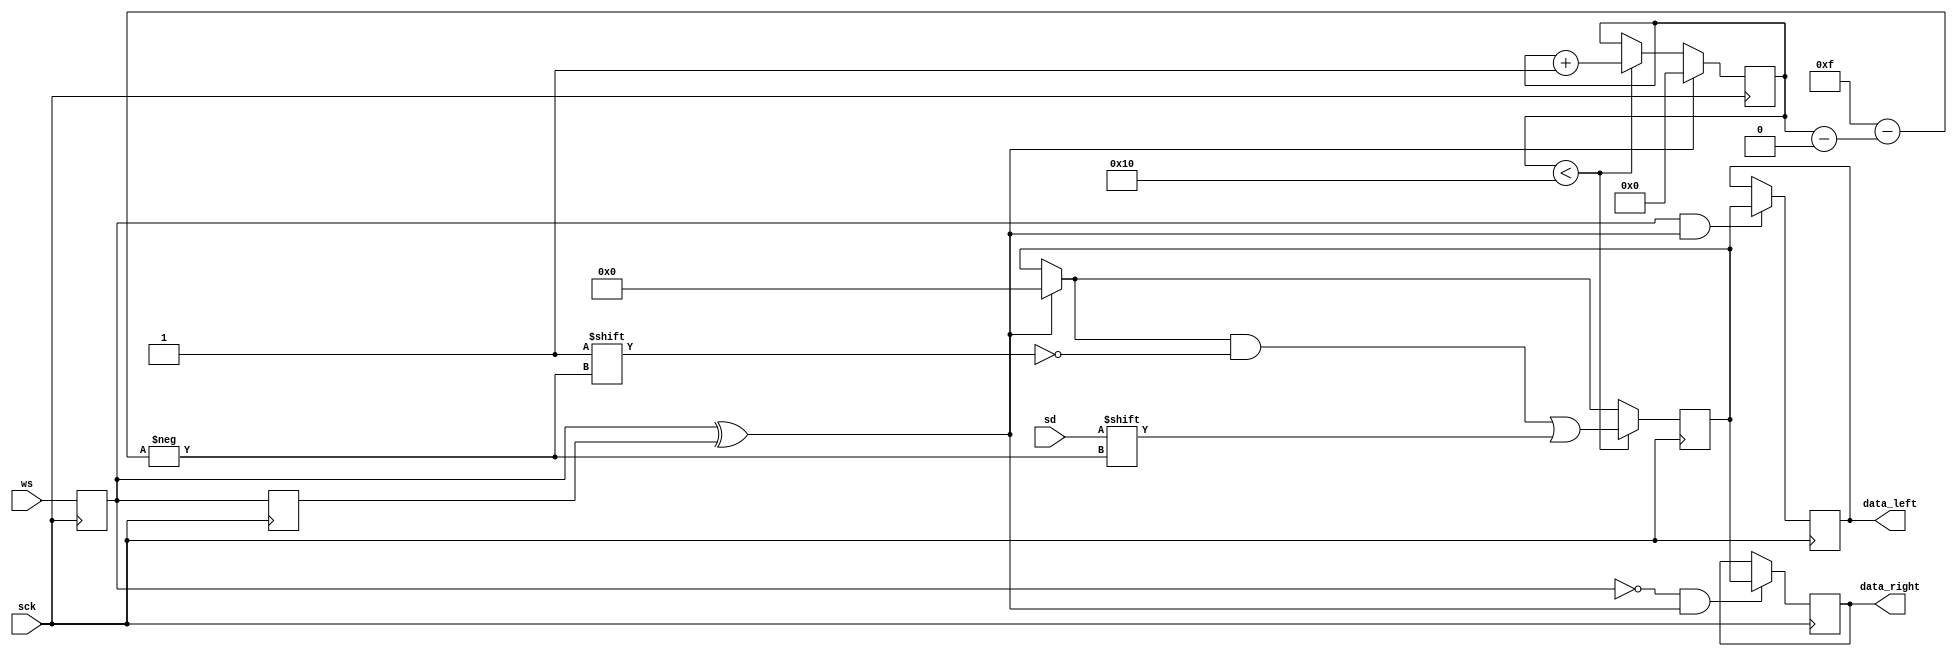
`timescale 1ns/1ns
module i2s_receive #
  (
   parameter width = 16
   )
  (
   input sck,
   input ws,
   input sd,
   output reg [width-1:0] data_left,
   output reg [width-1:0] data_right
   );

  reg wsd = 0;
  always @(posedge sck)
    wsd <= ws;

  reg wsdd;
  always @(posedge sck)
    wsdd <= wsd;

  wire wsp = wsd ^ wsdd;

  reg [$clog2(width+1)-1:0] counter;
  always @(negedge sck)
    if (wsp)
      counter <= 0;
    else if (counter < width)
      counter <= counter+1;

  reg [0:width-1] shift;
  always @(posedge sck)
    begin
      if (wsp)
	shift <= 0;
      if (counter < width)
	shift[counter] <= sd;
    end

  always @(posedge sck)
    if (wsd && wsp)
      data_left <= shift;

  always @(posedge sck)
    if (!wsd && wsp)
      data_right <= shift;

endmodule